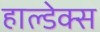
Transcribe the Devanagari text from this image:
हाल्डेक्स